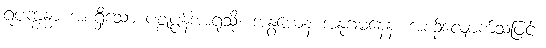
ရူပက္ခန္ဓာ အစရှိသော ပစ္စုပ္ပန်အာရုံသို့။ အနွယေန အနုဂမနေန၊ အစဉ်လျှောက်သဖြင့်။